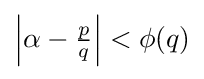
{\textstyle \left|\alpha -{\frac {p}{q}}\right|<\phi (q)}